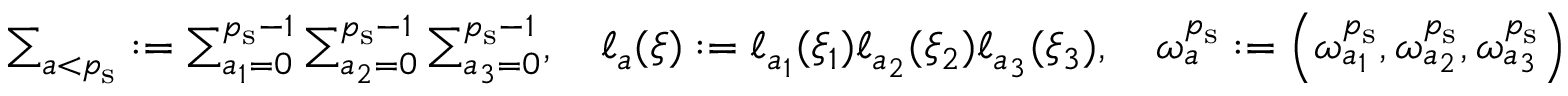
\begin{array} { r } { \sum _ { a < { p _ { \mathrm { s } } } } : = \sum _ { a _ { 1 } = 0 } ^ { { p _ { \mathrm { s } } } - 1 } \sum _ { a _ { 2 } = 0 } ^ { { p _ { \mathrm { s } } } - 1 } \sum _ { a _ { 3 } = 0 } ^ { { p _ { \mathrm { s } } } - 1 } , \quad \ell _ { a } ( \boldsymbol { \xi } ) : = \ell _ { a _ { 1 } } ( \xi _ { 1 } ) \ell _ { a _ { 2 } } ( \xi _ { 2 } ) \ell _ { a _ { 3 } } ( \xi _ { 3 } ) , \quad \boldsymbol { \omega } _ { a } ^ { p _ { \mathrm { s } } } : = \left( \omega _ { a _ { 1 } } ^ { p _ { \mathrm { s } } } , \omega _ { a _ { 2 } } ^ { p _ { \mathrm { s } } } , \omega _ { a _ { 3 } } ^ { p _ { \mathrm { s } } } \right) } \end{array}